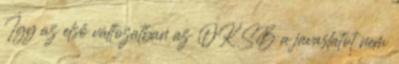
Így az első változatban az OKSB a javaslatot nem